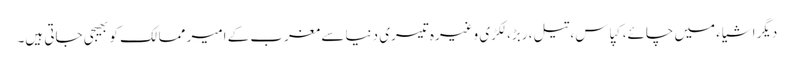
دیگر اشیاء میں چائے، کپاس، تیل، ربڑ، لکڑی وغیرہ تیسری دنیا سے مغرب کے امیر ممالک کو بھیجی جاتی ہیں۔